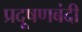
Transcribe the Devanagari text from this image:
प्रदूषणबंदी